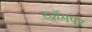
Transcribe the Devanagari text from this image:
स्कॅमपर